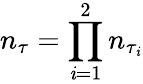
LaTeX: n_{\tau}=\prod_{\mathit{i}=1}^{2}n_{\tau_{\mathit{i}}}